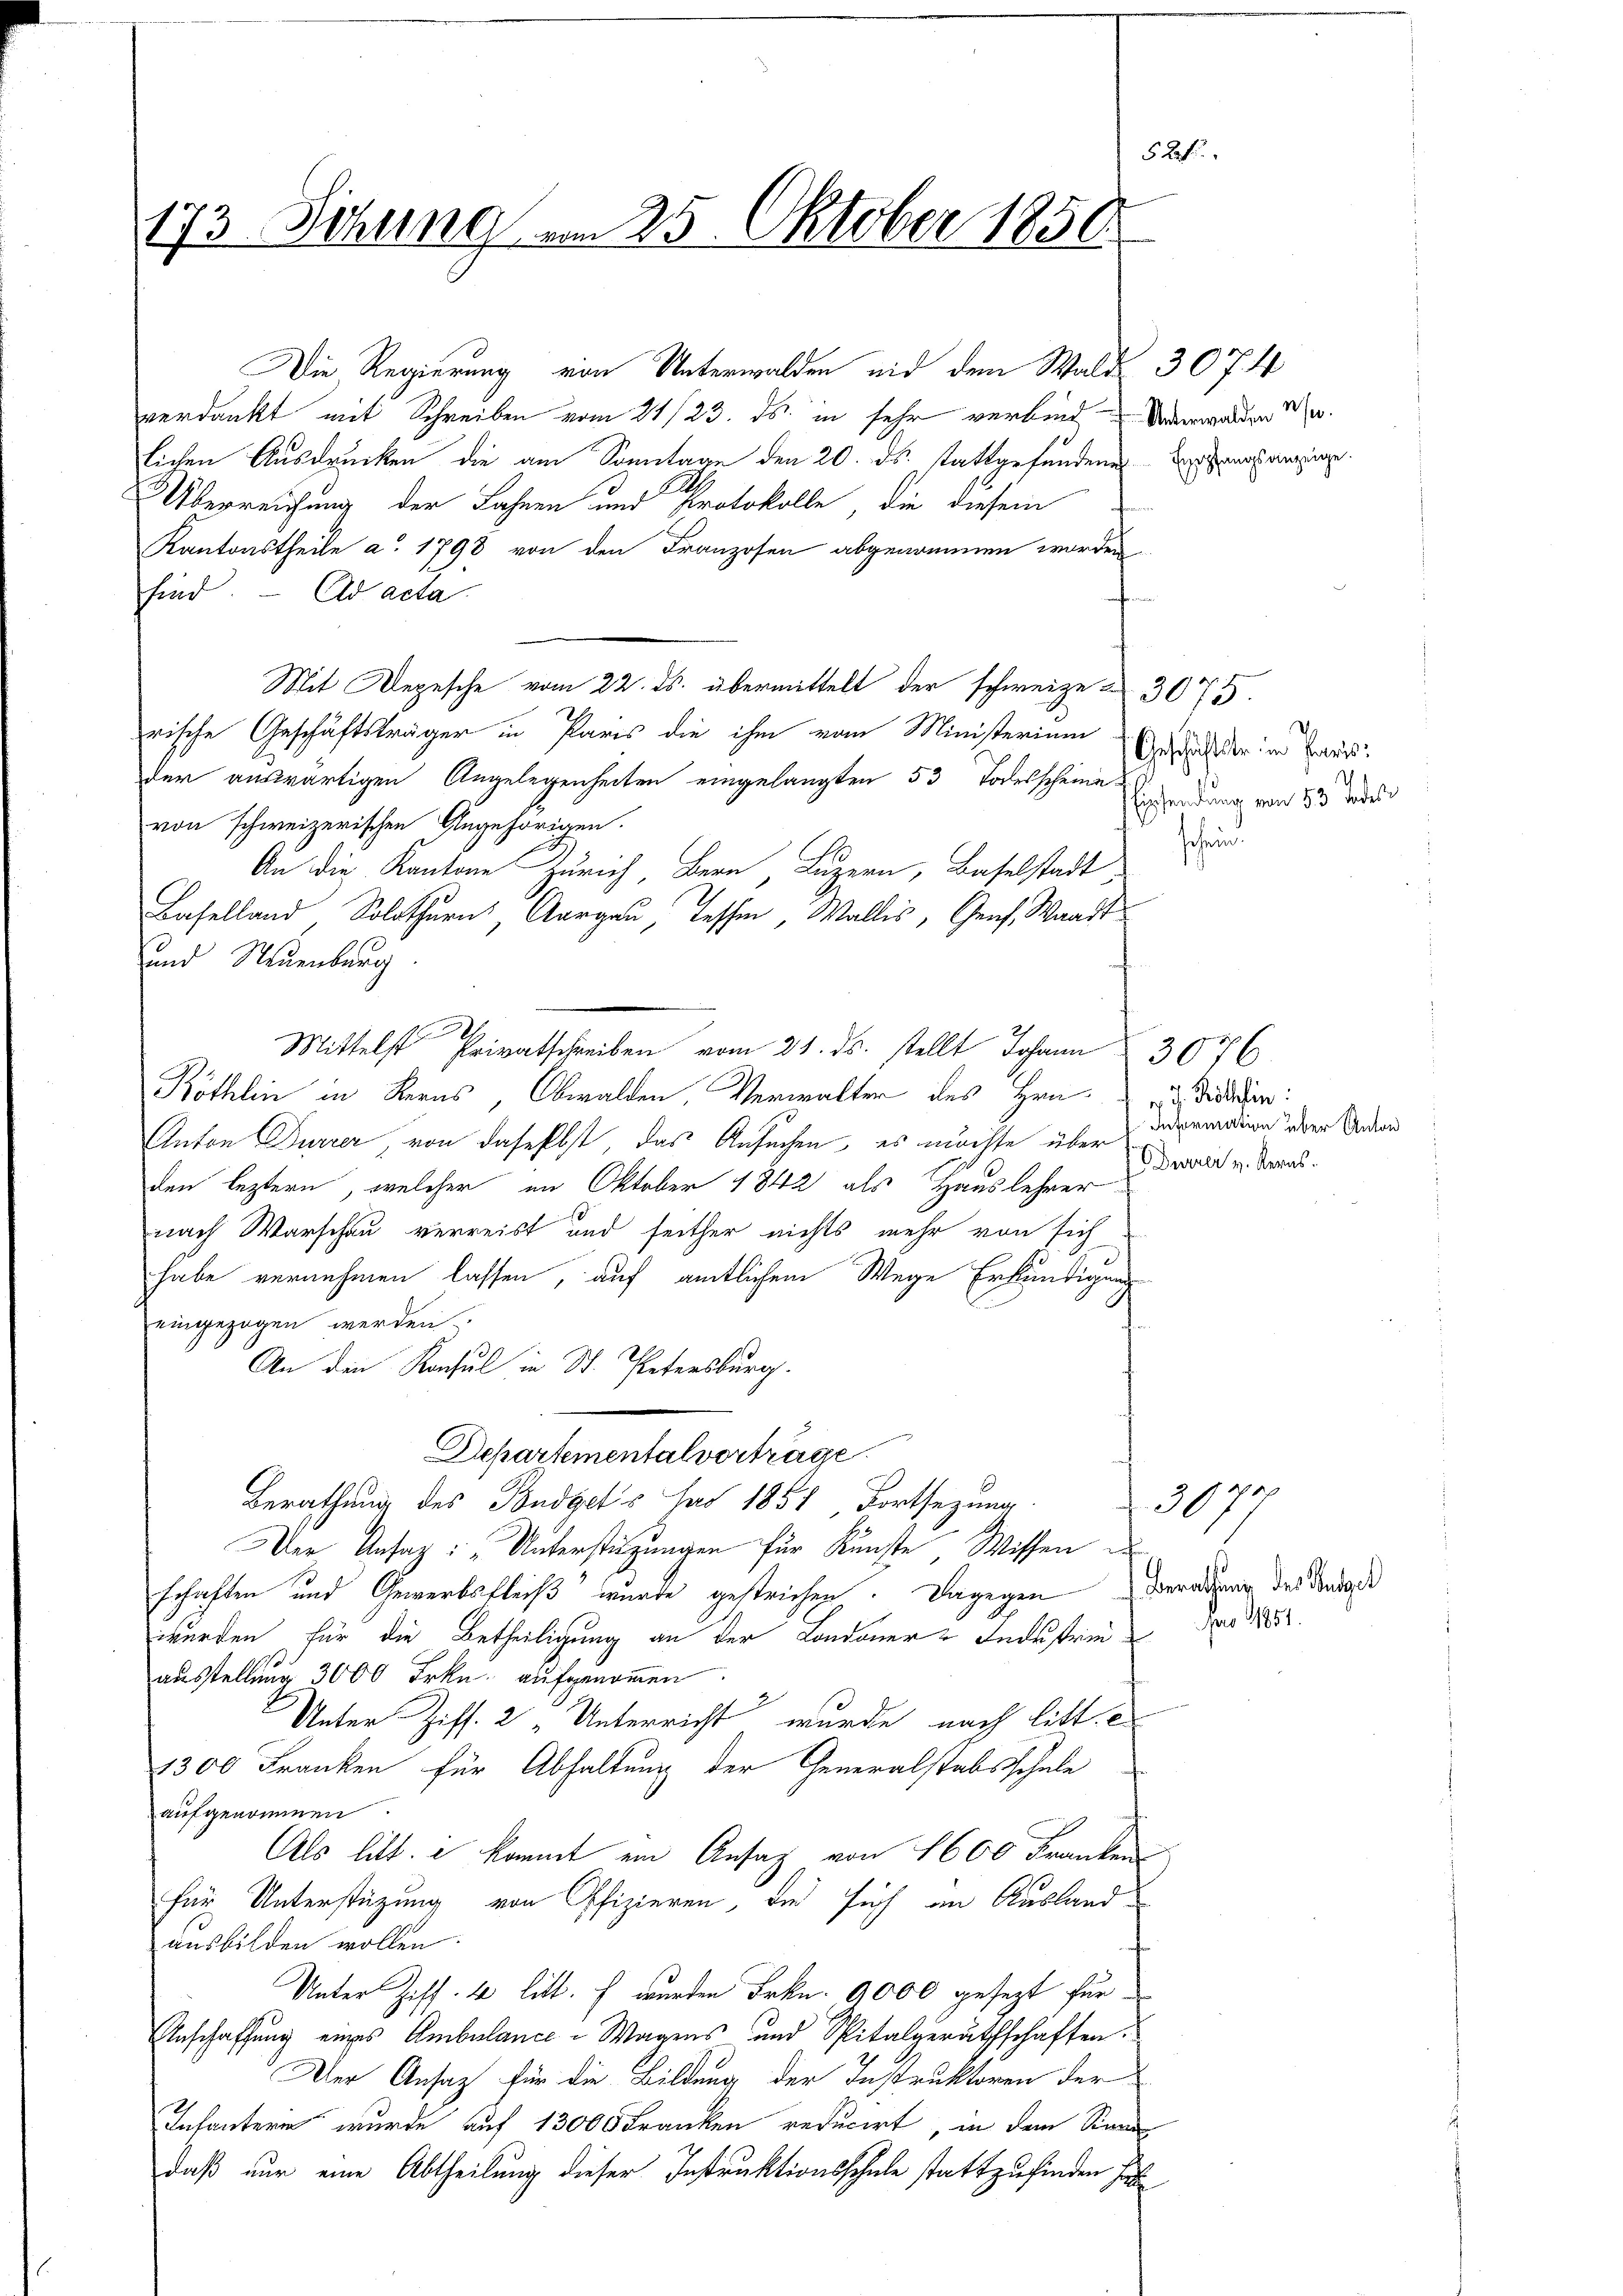
52fr.
173 Sitzung am 25. Oktober 1850.

Die Regierung von Unterwalden nid dem Wald 307. 4
verdankt mit Schreiben vom 21/23. ds. in sehr verbinde Verwarten de
lichen Ausdrucken die am Sonntage den 20. ds. stattgefundenen Eingange.
Überreichung der Lahnen und Protokolle, die diesem
Kantonstheile a. 1798 von den Franzosen abgenommen worden
sind ad acta.

Mit Depesche vom 22. ds. übermittelt der schweize & 3075.
rische Geschäftsträger in Paris die ihm vom Ministerium
der auswärtigen Angelegenheiten eingelangten 53 Todesscheine-
von schweizerischen Angehörigen.
An die Kantone Zürich, Bern, Luzern, Baselstadt
Baselland Solothurn, Aargau, Tessin, Wallis, Genf, Waadt
und Neuenburg
2
Mittelst Privatschreiben vom 21. ds. stellt Johann 3076
Röthlin in Berns, Obwalden, Verwalter des Hrn.
Anton Dürrer, von daselbst, das Ansuchen, es möchte über
den leztern, welcher im Oktober 1842 als Hauslehrer
nach Warschau verreist und seither nichts mehr von sich
habe vernehmen lassen, auf amtlichem Wege Erkundigung
eingezogen werden.
An den Konsul in St. Petersburg.
Departementalverträge.
Berathung des Budget's hat 1854 Fortsezung
Der Ansag: „Unterstüzungen für Kunste Wissen
schaften und Gewerbsfleiß wurde gestrichen. Dagegen Beratung des Sandaß
wurden für die Betheiligung an der Londoner-Industrie-
ausstellung 3000 Frkn. aufgenommen.
Unter Ziff. 2 „Unterricht wurde nach litt. E
1300 Franken für Abhaltung der Generalstabsschule
aufgenommen.
Als litt. e kommt ein Ansaz von 1600 Franken
für Unterstützung von Offizieren, die sich an Auslandausbilden wollen.
Unter Ziff. 4 litt. Es wurden Frkn. 9000 gesezt für¬
Anschaffung eines Ambulance-Wagens- und Spitalgeräthschaften.
Der Ansatz für die Bildung der Instruktoren der
Infantern wurde auf 13000 Franken reducirt, in dem Sinne
daß nur eine Abtheilung dieser Instruktionsschule stattzufinden ha

Geschäftster in Paris
Einsendung von 53 Todese
schein

v. J. Röthfin:
Information über Anton
urner v. Kerns.

x
2090

pro 1851.